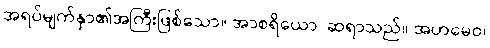
အရပ်မျက်နှာ၏အကြီးဖြစ်သော။ အာစရိယော၊ ဆရာသည်။ အဟမေဝ၊